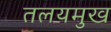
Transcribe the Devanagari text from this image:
तलयमुख